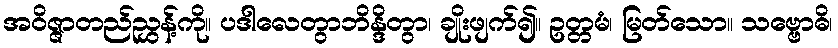
အဝိဇ္ဇာတည်ညွှန့်ကို။ ပဒါလေတွာဘိန္ဒိတွာ၊ ချိုးဖျက်၍။ ဥတ္တမံ၊ မြတ်သော။ သဗ္ဗောဓိ၊